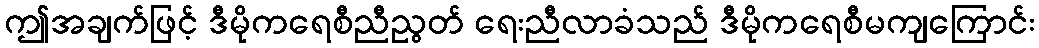
ဤအချက်ဖြင့် ဒီမိုကရေစီညီညွတ် ရေးညီလာခံသည် ဒီမိုကရေစီမကျကြောင်း